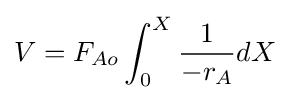
V=F_{Ao}\int _{0}^{X}{\frac {1}{-r_{A}}}dX